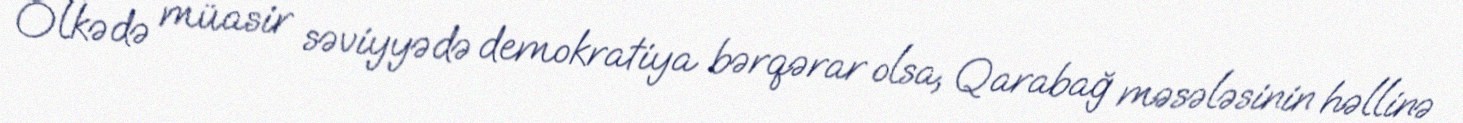
Ölkədə müasir səviyyədə demokratiya bərqərar olsa, Qarabağ məsələsinin həllinə